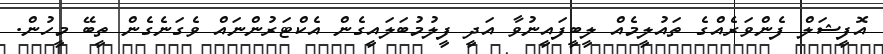
އޮފީޝަލް ފެންވަރެއްގެ ތައުލީމެއް ލީބީފައީނުވާ އަދީ ފީލުމުބަލައީގެން އެކްޓަރުންނައް ވެގަނެގެން ތީބޭ މީހުން.